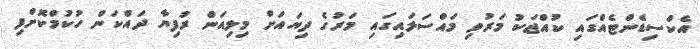
އެކްސިޑެންޓެއްގައި ކުއްޖަކު މަރުވި މައްސަލައިގައި މަރުގެ ދިޔައަށް މިލިއަން ރުފިޔާ ދައްކަން ހުކުމްކޮށްފި